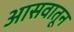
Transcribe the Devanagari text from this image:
आसवातून